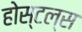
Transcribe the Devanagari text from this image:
होस्टल्स